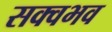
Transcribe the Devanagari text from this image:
सक्वभव